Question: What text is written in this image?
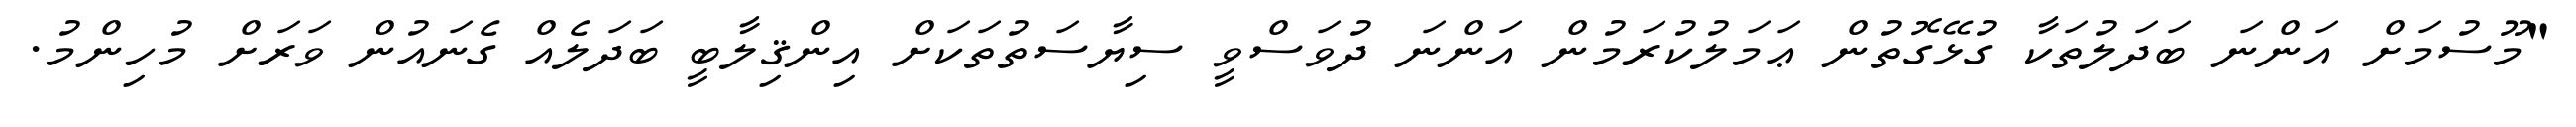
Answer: "މޫސުމަށް އަންނަ ބަދަލުތަކާ ގުޅޭގޮތުން ޢަމަލުކުރަމުން އަންނަ ދުވަސްވީ ސިޔާސަތުތަކަށް އިންޤިލާބީ ބަދަލެއް ގެނައުން ވަރަށް މުހިންމު.